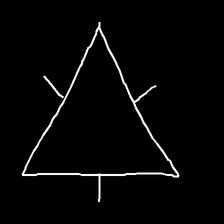
Glyph: fire